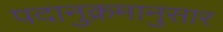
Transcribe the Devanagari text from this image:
पदानुक्रमानुसार